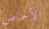
الأحماض